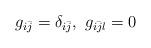
LaTeX: \begin{align*}g_{i\bar j}=\delta_{i\bar j},\ g_{i\bar j l}=0\end{align*}